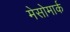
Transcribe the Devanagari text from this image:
मेसोमार्क